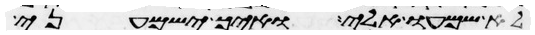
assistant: לא שמעו אלי ואיך ישמעני